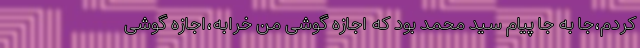
کردم،جا به جا پیام سید محمد بود که اجازه گوشی من خرابه،اجازه گوشی